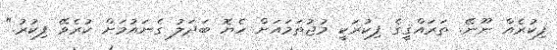
ފިކުރެއް ނޫނޭ. ތަރައްޤީގެ ފިކުރަކީ މުޖުތަމައަށް ހެޔޮ ބަދަލު ގެނައުމަށް ކުރެވޭ ފިކުރު."